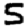
Digit: 5